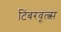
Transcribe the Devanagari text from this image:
टिंबरवूल्व्स